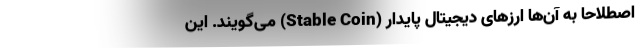
اصطلاحا به آن‌ها ارزهای دیجیتال پایدار (Stable Coin) می‌گویند. این